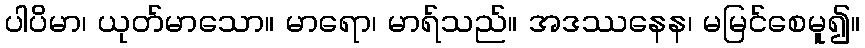
ပါပိမာ၊ ယုတ်မာသော။ မာရော၊ မာရ်သည်။ အဒဿနေန၊ မမြင်စေမူ၍။